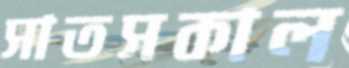
সাতসকাল